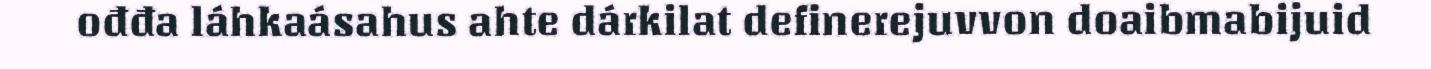
ođđa láhkaásahus ahte dárkilat definerejuvvon doaibmabijuid